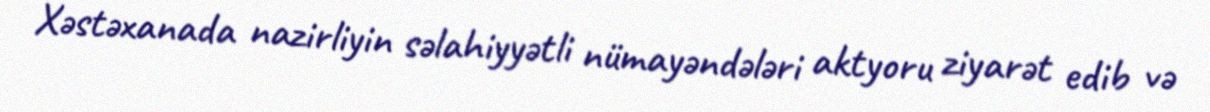
Xəstəxanada nazirliyin səlahiyyətli nümayəndələri aktyoru ziyarət edib və